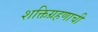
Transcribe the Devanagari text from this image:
शक्तिग्रहणाची